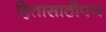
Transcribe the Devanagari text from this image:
हितासाठीपण